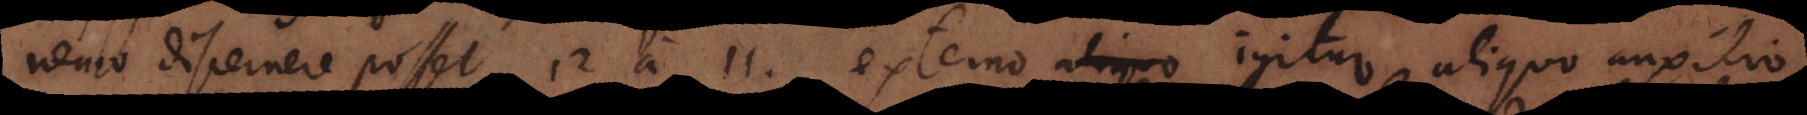
nemo discernere posset 12 a 11. Externo igitur aliquo auxilio